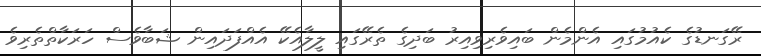
ރޭގަނޑުގެ ކެއުމުގައި އެންމެން ބައިވެރިވިއިރު ބަދިގެ ތެރޭގައި ލީލާއެކޭ އެއްފަދައިން ޝަބާވެސް ހަރަކާތްތެރިވެ